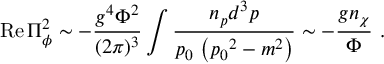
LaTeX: \mathrm { R e } \, \Pi _ { \phi } ^ { 2 } \sim - { \frac { g ^ { 4 } \Phi ^ { 2 } } { ( 2 \pi ) ^ { 3 } } } \int { \frac { n _ { p } d ^ { 3 } p } { p _ { 0 } ~ \bigl ( { p _ { 0 } } ^ { 2 } - m ^ { 2 } \bigr ) } } \sim - { \frac { g n _ { \chi } } { \Phi } } \ .